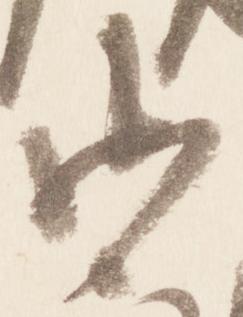
御